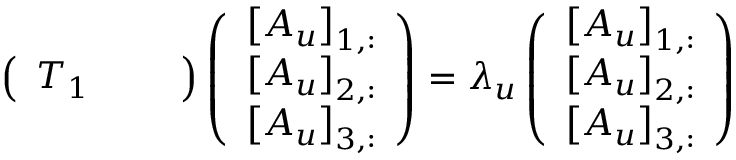
\left( \begin{array} { l l l } { T _ { 1 } } & { } & { } \end{array} \right) \left( \begin{array} { l } { \left[ A _ { u } \right] _ { 1 , : } } \\ { \left[ A _ { u } \right] _ { 2 , : } } \\ { \left[ A _ { u } \right] _ { 3 , : } } \end{array} \right) = \lambda _ { u } \left( \begin{array} { l } { \left[ A _ { u } \right] _ { 1 , : } } \\ { \left[ A _ { u } \right] _ { 2 , : } } \\ { \left[ A _ { u } \right] _ { 3 , : } } \end{array} \right)